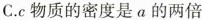
C.c物质的密度是α的两倍